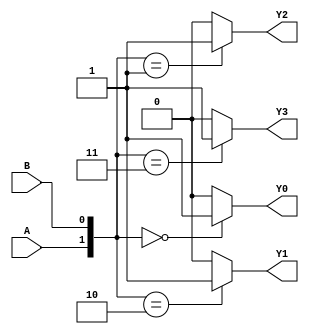
module decoder_2_4 (
	input A,
	input B,
	output reg Y0,
	output reg Y1,
	output reg Y2,
	output reg Y3
);

	wire _A, _B;

	not n0 (_A, A);
	not n1 (_B, B);

	always @(*) begin 
		Y0=0;
		Y1=0;
		Y2=0;
		Y3=0;
		if({A,B} == 2'b00) Y0=1;
		if({A,B} == 2'b01) Y2=1;
		if({A,B} == 2'b10) Y1=1;
		if({A,B} == 2'b11) Y3=1;
	end

endmodule